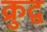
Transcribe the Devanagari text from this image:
क्रुद्व